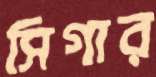
সিগার